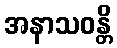
အနာသဝန္တိ